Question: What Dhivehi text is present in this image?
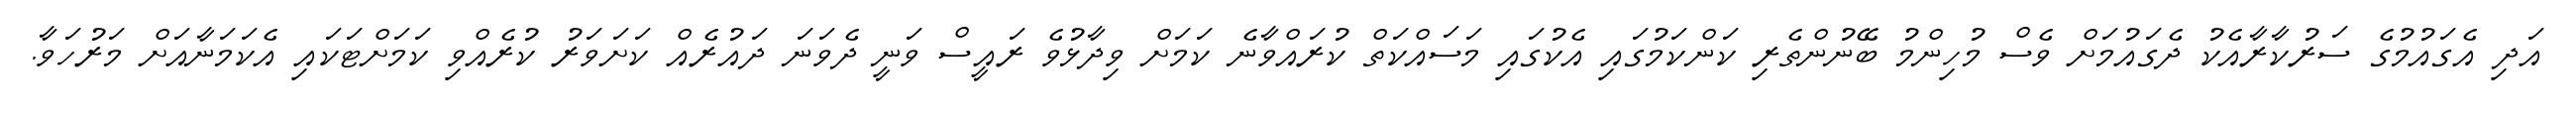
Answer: އަދި އެގައުމުގެ ސަރުކާރާއެކު ދެގައުމަށް ވެސް މުހިންމު ބޭނުންތެރި ކަންކަމުގައި އެކުގައި މަސައްކަތް ކުރައްވާނެ ކަމަށް ވިދާޅުވެ ރައީސް ވަނީ ދެވަނަ ދައުރެއް ކަށަވަރު ކުރެއްވި ކަމަށްޓަކައި އެކަމަނާއަށް މަރުހަވާ.